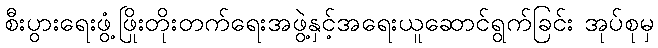
စီးပွားရေးဖွံ့ဖြိုးတိုးတက်ရေးအဖွဲ့နှင့်အရေးယူဆောင်ရွက်ခြင်း အုပ်စုမှ